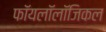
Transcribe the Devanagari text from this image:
फॉयलॉलॉजिकल